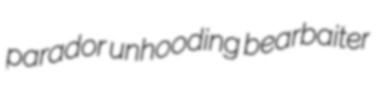
parador unhooding bearbaiter